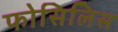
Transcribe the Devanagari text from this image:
फोसिलिस